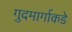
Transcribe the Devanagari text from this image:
गुदमार्गाकडे